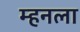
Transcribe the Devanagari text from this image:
म्हनला